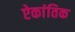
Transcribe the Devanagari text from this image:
ऐकांतिक